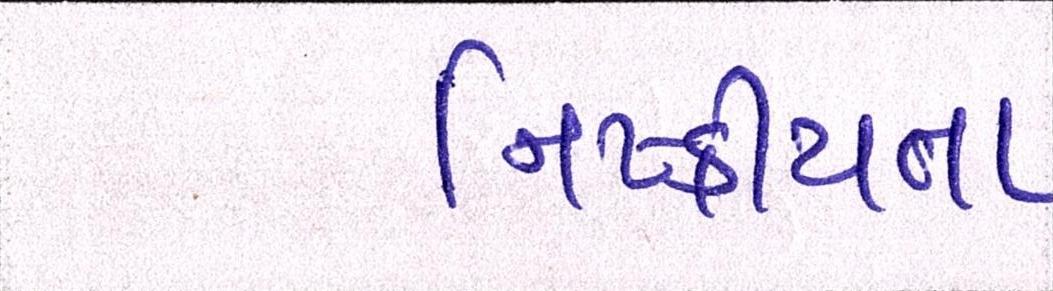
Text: નિષ્ક્રીયતા